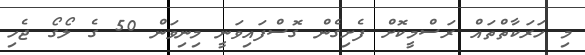
މި ހަރަކާތްތައް ރަސްމީކޮށް ފެށިގެން ގޮސްފައިވަނީ މިނިވަން 50 ގެ ލޯގޯ ޖެހި